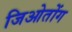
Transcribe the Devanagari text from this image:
जिओतोंग